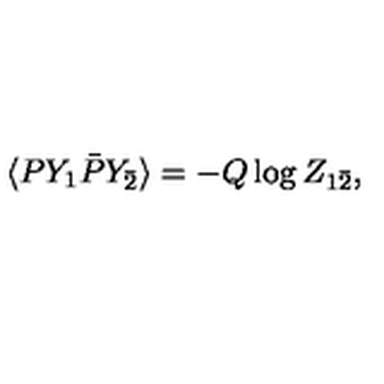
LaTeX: \langle P Y _ { 1 } \bar { P } Y _ { \bar { 2 } } \rangle = - Q \log Z _ { 1 \bar { 2 } } ,